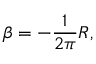
\beta = - \frac { 1 } { 2 \pi } R ,